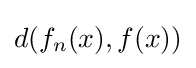
d(f_{n}(x),f(x))